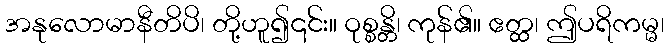
အနုလောမာနီတိပိ၊ တို့ဟူ၍၎င်း။ ဝုစ္စန္တိ၊ ကုန်၏။ ဧတ္ထ၊ ဤပရိကမ္မ၊